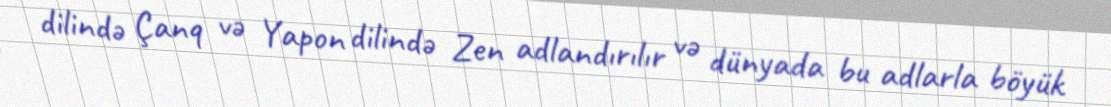
dilində Çanq və Yapon dilində Zen adlandırılır və dünyada bu adlarla böyük